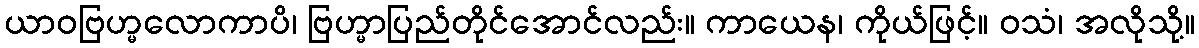
ယာဝဗြဟ္မလောကာပိ၊ ဗြဟ္မာပြည်တိုင်အောင်လည်း။ ကာယေန၊ ကိုယ်ဖြင့်။ ဝသံ၊ အလိုသို့။